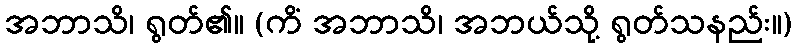
အဘာသိ၊ ရွတ်၏။ (ကိံ အဘာသိ၊ အဘယ်သို့ ရွတ်သနည်း။)